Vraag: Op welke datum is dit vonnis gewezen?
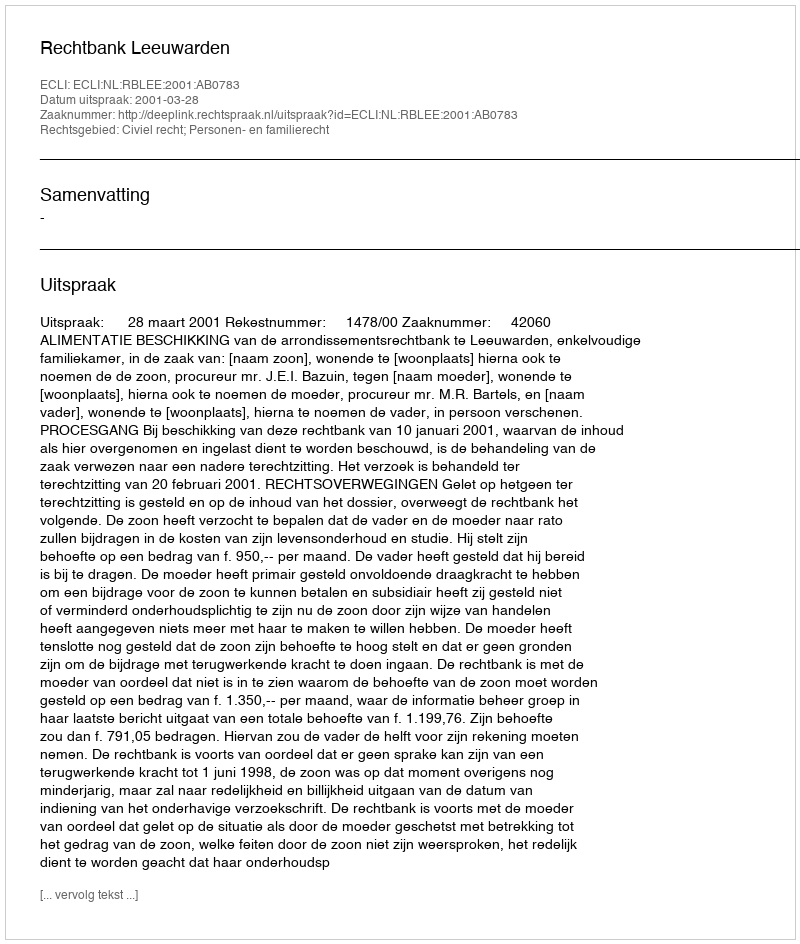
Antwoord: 2001-03-28